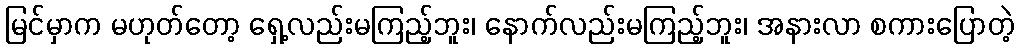
မြင်မှာက မဟုတ်တော့ ရှေ့လည်းမကြည့်ဘူး၊ နောက်လည်းမကြည့်ဘူး၊ အနားလာ စကားပြောတဲ့